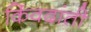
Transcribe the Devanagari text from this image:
किंवदांती